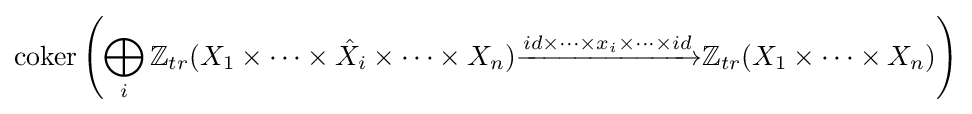
{\text{coker}}\left(\bigoplus _{i}\mathbb {Z} _{tr}(X_{1}\times \cdots \times {\hat {X}}_{i}\times \cdots \times X_{n}){\xrightarrow {id\times \cdots \times x_{i}\times \cdots \times id}}\mathbb {Z} _{tr}(X_{1}\times \cdots \times X_{n})\right)